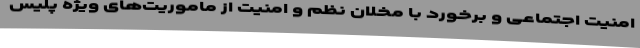
امنیت اجتماعی و برخورد با مخلان نظم و امنیت از ماموریت‌های ویژه پلیس